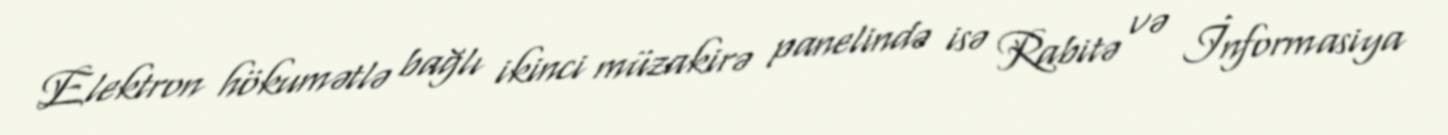
Elektron hökumətlə bağlı ikinci müzakirə panelində isə Rabitə və İnformasiya